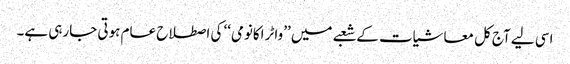
اسی لیے آج کل معاشیات کے شعبے میں ’’واٹر اکانومی‘‘ کی اصطلاح عام ہوتی جارہی ہے۔